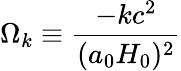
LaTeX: \Omega_{k}\equiv{\frac{-kc^{2}}{(a_{0}H_{0})^{2}}}